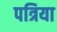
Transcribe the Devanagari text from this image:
पत्रिया